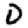
Digit: 0